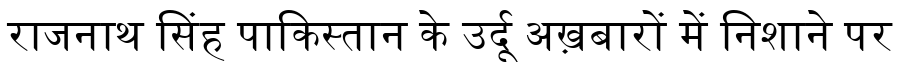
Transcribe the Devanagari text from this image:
राजनाथ सिंह पाकिस्तान के उर्दू अख़बारों में निशाने पर